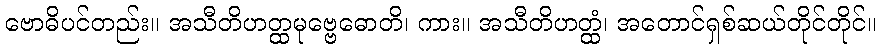
ဗောဓိပင်တည်း။ အသီတိဟတ္ထမုဗ္ဗေဓောတိ၊ ကား။ အသီတိဟတ္ထံ၊ အတောင်ရှစ်ဆယ်တိုင်တိုင်။